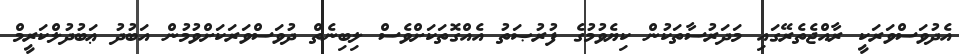
އެދުވަސްވަރަކީ ރާއްޖެތެރޭގައި މަދަރުސާތަކުން ކިޔެވުމުގެ ފުރުޞަތު އެއްގޮތަކަށްވެސް ލިބިނެތް ދުވަސްވަރަކަށްވުމުން އަބުދު ޢަބުދުލްކަރީމް